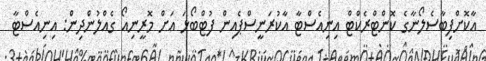
އާކޮށްފިބާސެލޯނާގެ ކޮންޓްރެކްޓް އިނިއެސްޓާ އާކުރަނީސްޕެއިން ފުޓްބޯޅަ އަށް މޮރީނިއޯ ގެއްލުންދިން: އިނިއެސްޓާ